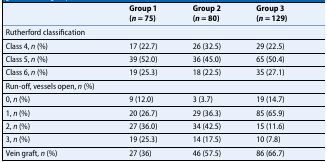
<table><thead><tr><td></td><td><b>Group 1 (<i>n</i> = 75)</b></td><td><b>Group 2 (<i>n</i> = 80)</b></td><td><b>Group 3 (<i>n</i> = 129)</b></td></tr></thead><tbody><tr><td colspan="4">Rutherford classification</td></tr><tr><td>Class 4, <i>n</i> (%)</td><td>17 (22.7)</td><td>26 (32.5)</td><td>29 (22.5)</td></tr><tr><td>Class 5, <i>n</i> (%)</td><td>39 (52.0)</td><td>36 (45.0)</td><td>65 (50.4)</td></tr><tr><td>Class 6, <i>n</i> (%)</td><td>19 (25.3)</td><td>18 (22.5)</td><td>35 (27.1)</td></tr><tr><td colspan="4">Run-off, vessels open, <i>n</i> (%)</td></tr><tr><td>0, <i>n</i> (%)</td><td>9 (12.0)</td><td>3 (3.7)</td><td>19 (14.7)</td></tr><tr><td>1, <i>n</i> (%)</td><td>20 (26.7)</td><td>29 (36.3)</td><td>85 (65.9)</td></tr><tr><td>2, <i>n</i> (%)</td><td>27 (36.0)</td><td>34 (42.5)</td><td>15 (11.6)</td></tr><tr><td>3, <i>n</i> (%)</td><td>19 (25.3)</td><td>14 (17.5)</td><td>10 (7.8)</td></tr><tr><td>Vein graft, <i>n</i> (%)</td><td>27 (36)</td><td>46 (57.5)</td><td>86 (66.7)</td></tr></tbody></table>